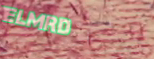
ElmRd